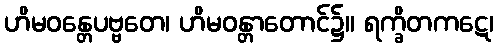
ဟိမဝန္တေပဗ္ဗတေ၊ ဟိမဝန္တာတောင်၌။ ရက္ခိတကဋေ၊